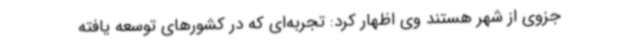
جزوی از شهر هستند وی اظهار کرد: تجربه‌ای که در کشورهای توسعه یافته